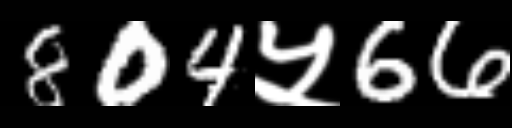
Text: 804५66